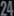
24